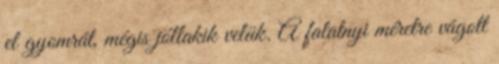
el gyomrát, mégis jóllakik velük. A falatnyi méretre vágott